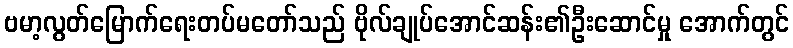
ဗမာ့လွတ်မြောက်ရေးတပ်မတော်သည် ဗိုလ်ချုပ်အောင်ဆန်း၏ဦးဆောင်မှု အောက်တွင်